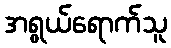
အရွယ်ရောက်သူ